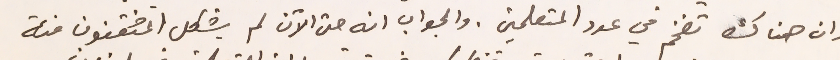
وان هناك تضخم في عدد المتعلمين. والجواب انه حتى الآن لم يشكل المثقفون فئة